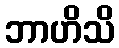
ဘာဟိသိ